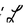
Character: L